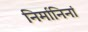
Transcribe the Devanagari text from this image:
निर्मानिनां